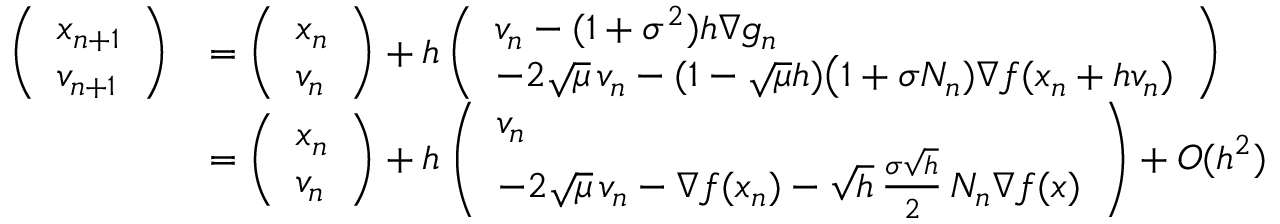
\begin{array} { r l } { \left( \begin{array} { l } { x _ { n + 1 } } \\ { v _ { n + 1 } } \end{array} \right) } & { = \left( \begin{array} { l } { x _ { n } } \\ { v _ { n } } \end{array} \right) + h \left( \begin{array} { l } { v _ { n } - ( 1 + \sigma ^ { 2 } ) h \nabla g _ { n } } \\ { - 2 \sqrt \mu \, v _ { n } - ( 1 - \sqrt \mu h ) \big ( 1 + \sigma N _ { n } ) \nabla f ( x _ { n } + h v _ { n } ) } \end{array} \right) } \\ & { = \left( \begin{array} { l } { x _ { n } } \\ { v _ { n } } \end{array} \right) + h \left( \begin{array} { l } { v _ { n } } \\ { - 2 \sqrt \mu \, v _ { n } - \nabla f ( x _ { n } ) - \sqrt { h } \, \frac { \sigma \sqrt h } 2 \, N _ { n } \nabla f ( x ) } \end{array} \right) + O ( h ^ { 2 } ) } \end{array}